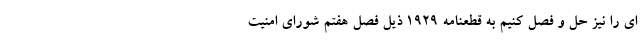
ای را نیز حل و فصل کنیم به قطعنامه ١٩٢٩ ذیل فصل هفتم شورای امنیت